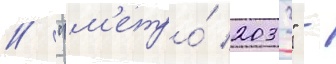
// "м'етро́ 2033" -